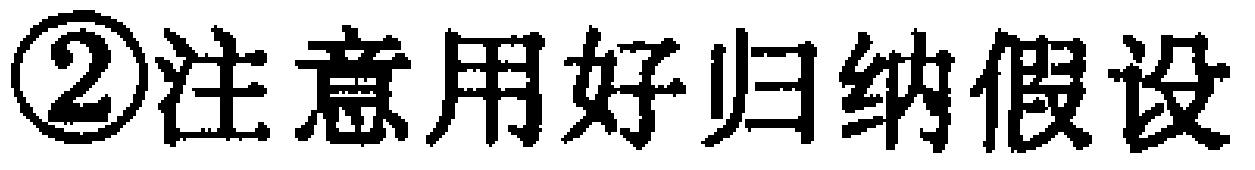
\textcircled{2}注意用好归纳假设